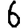
Digit: 6